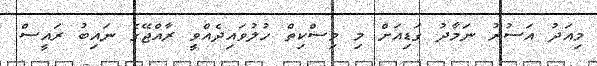
މިއަދު އަސުރު ނަމާދު ގަޑިއަށް މި މިސްކިތް ހުލުވައިދެއްވީ ރާއްޖޭގެ ނައިބު ރައީސް